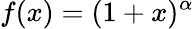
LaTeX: f(x)=(1+x)^{\alpha}